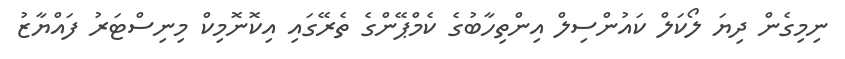
ނިމިގެން ދިޔަ ލޯކަލް ކައުންސިލް އިންތިހާބުގެ ކެމްޕޭންގެ ތެރޭގައި އިކޮނޮމިކް މިނިސްޓަރު ފައްޔާޒު